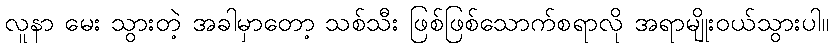
လူနာ မေး သွားတဲ့ အခါမှာတော့ သစ်သီး ဖြစ်ဖြစ်သောက်စရာလို အရာမျိုးဝယ်သွားပါ။